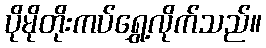
ပိုမိုတိုးကပ်ရွှေ့လိုက်သည်။